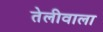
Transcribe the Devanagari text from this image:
तेलीवाला